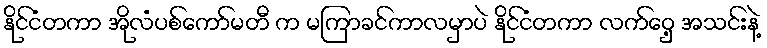
နိုင်ငံတကာ အိုလံပစ်ကော်မတီ က မကြာခင်ကာလမှာပဲ နိုင်ငံတကာ လက်ဝှေ့ အသင်းနဲ့